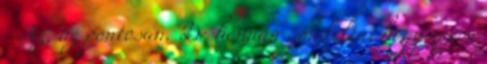
- Az, az pontosan. De honnan gondolta, hogy éppen